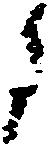
に